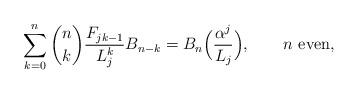
LaTeX: \begin{align*}\sum_{k = 0}^n \binom nk \frac{F_{jk - 1}}{L_j^k} B_{n-k} = B_n\Big(\frac{\alpha ^j }{L_j}\Big),\qquad\mbox{$n$ even},\end{align*}